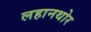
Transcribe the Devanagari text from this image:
लहानथोर